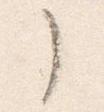
了